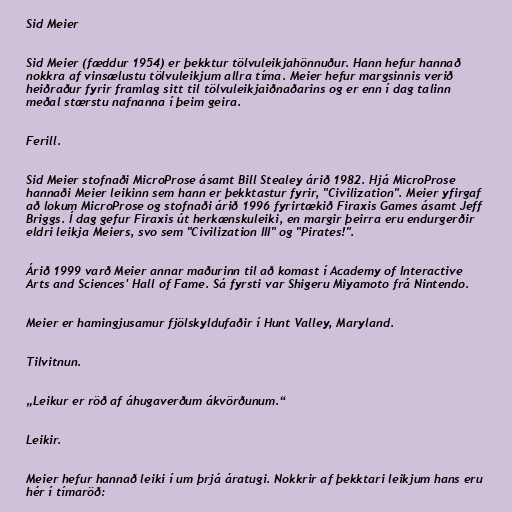
Sid Meier

Sid Meier (fæddur 1954) er þekktur tölvuleikjahönnuður. Hann hefur hannað
nokkra af vinsælustu tölvuleikjum allra tíma. Meier hefur margsinnis verið
heiðraður fyrir framlag sitt til tölvuleikjaiðnaðarins og er enn í dag talinn
meðal stærstu nafnanna í þeim geira.

Ferill.

Sid Meier stofnaði MicroProse ásamt Bill Stealey árið 1982. Hjá MicroProse
hannaði Meier leikinn sem hann er þekktastur fyrir, "Civilization". Meier yfirgaf
að lokum MicroProse og stofnaði árið 1996 fyrirtækið Firaxis Games ásamt Jeff
Briggs. Í dag gefur Firaxis út herkænskuleiki, en margir þeirra eru endurgerðir
eldri leikja Meiers, svo sem "Civilization III" og "Pirates!".

Árið 1999 varð Meier annar maðurinn til að komast í Academy of Interactive
Arts and Sciences' Hall of Fame. Sá fyrsti var Shigeru Miyamoto frá Nintendo.

Meier er hamingjusamur fjölskyldufaðir í Hunt Valley, Maryland.

Tilvitnun.

„Leikur er röð af áhugaverðum ákvörðunum.“

Leikir.

Meier hefur hannað leiki í um þrjá áratugi. Nokkrir af þekktari leikjum hans eru
hér í tímaröð: